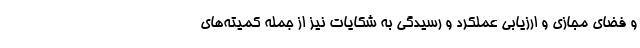
و فضای مجازی و ارزیابی عملکرد و رسیدگی به شکایات نیز از جمله کمیته‌های